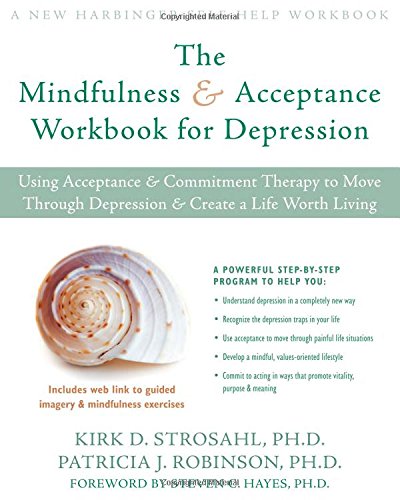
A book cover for The Mindfulness and Acceptance Workbook for Depression: Using Acceptance and Commitment Therapy to Move Through Depression and Create a Life Worth Living (New Harbinger Self-Help Workbook); Patricia J. Robinson; Health, Fitness & Dieting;